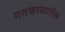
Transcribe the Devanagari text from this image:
गतकाळातील